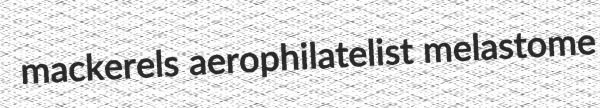
mackerels aerophilatelist melastome